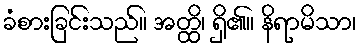
ခံစားခြင်းသည်။ အတ္ထိ၊ ရှိ၏။ နိရာမိသာ၊